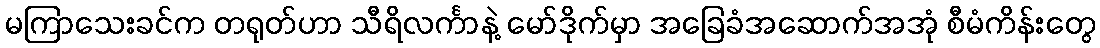
မကြာသေးခင်က တရုတ်ဟာ သီရိလင်္ကာနဲ့ မော်ဒိုက်မှာ အခြေခံအဆောက်အအုံ စီမံကိန်းတွေ